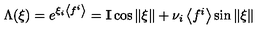
\Lambda ( \xi ) = \textstyle { e ^ { \xi _ { i } \left< f ^ { i } \right> } = { \bf I } \cos \| \xi \| + \nu _ { i } \left< f ^ { i } \right> } \sin \| \xi \|